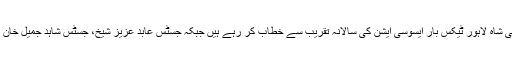
لاہور: لاہور ہائیکورٹ کے سینئر ترین جج سید منصور علی شاہ لاہور ٹیکس بار ایسوسی ایشن کی سالانہ تقریب سے خطاب کر رہے ہیں جبکہ جسٹس عابد عزیز شیخ، جسٹس شاہد جمیل خان اور بار کے صدر محمد منشاء سکھیرا اسٹیج پر بیٹھے ہیں۔